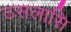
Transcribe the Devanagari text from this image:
ठसलासि